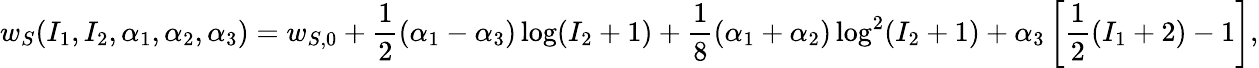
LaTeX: w_{S}(I_{1},I_{2},\alpha_{1},\alpha_{2},\alpha_{3})=w_{S,0}+\frac{1}{2}(\alpha_{1}-\alpha_{3})\log(I_{2}+1)+\frac{1}{8}(\alpha_{1}+\alpha_{2})\log^{2}(I_{2}+1)+\alpha_{3}\left[\frac{1}{2}(I_{1}+2)-1\right],